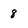
Character: 8